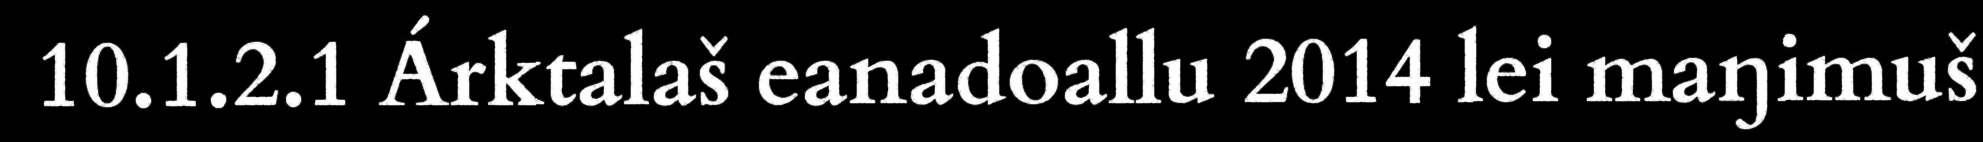
10.1.2.1 Árktalaš eanadoallu 2014 lei maŋimuš